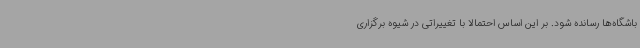
باشگاه‌ها رسانده شود. بر این اساس احتمالا با تغییراتی در شیوه برگزاری